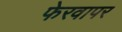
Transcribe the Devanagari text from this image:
फेरवापर